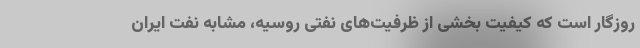
روزگار است که کیفیت بخشی از ظرفیت‌های نفتی روسیه، مشابه نفت ایران